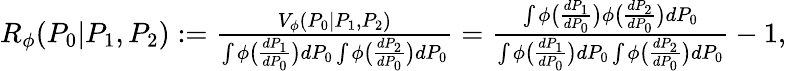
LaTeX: \begin{array}{r}{{R_{\phi}}(P_{0}|P_{1},P_{2}):=\frac{{V_{\phi}}(P_{0}|P_{1},P_{2})}{\int\phi\big(\frac{dP_{1}}{dP_{0}}\big)dP_{0}\int\phi\big(\frac{dP_{2}}{dP_{0}}\big)dP_{0}}=\frac{\int\phi\big(\frac{dP_{1}}{dP_{0}}\big)\phi\big(\frac{dP_{2}}{dP_{0}}\big)dP_{0}}{\int\phi\big(\frac{dP_{1}}{dP_{0}}\big)dP_{0}\int\phi\big(\frac{dP_{2}}{dP_{0}}\big)dP_{0}}-1,}\end{array}